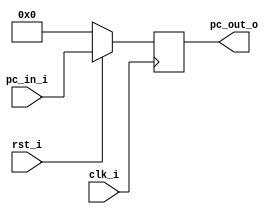
//             Alden Rivera 0416329
//             Jorge Pineda 0416330
//Subject:     CO project 2 - PC
//--------------------------------------------------------------------------------
//Version:     1
//--------------------------------------------------------------------------------
//Writer:      
//----------------------------------------------
//Date:        
//----------------------------------------------
//Description: 
//--------------------------------------------------------------------------------

module ProgramCounter(
    clk_i,
	rst_i,
	pc_in_i,
	pc_out_o
	);
     
//I/O ports
input           clk_i;
input	        rst_i;
input  [32-1:0] pc_in_i;
output [32-1:0] pc_out_o;
 
//Internal Signals
reg    [32-1:0] pc_out_o;
 
//Parameter

    
//Main function
always @(posedge clk_i) begin
    if(~rst_i)
	    pc_out_o <= 0;
	else
	    pc_out_o <= pc_in_i;
end

endmodule